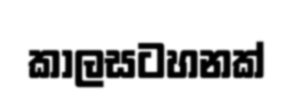
කාලසටහනක්